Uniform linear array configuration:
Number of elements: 48
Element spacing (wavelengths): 0.5
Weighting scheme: binomial
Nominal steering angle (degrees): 45
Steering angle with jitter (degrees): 44.68
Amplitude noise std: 0.05
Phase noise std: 0.05

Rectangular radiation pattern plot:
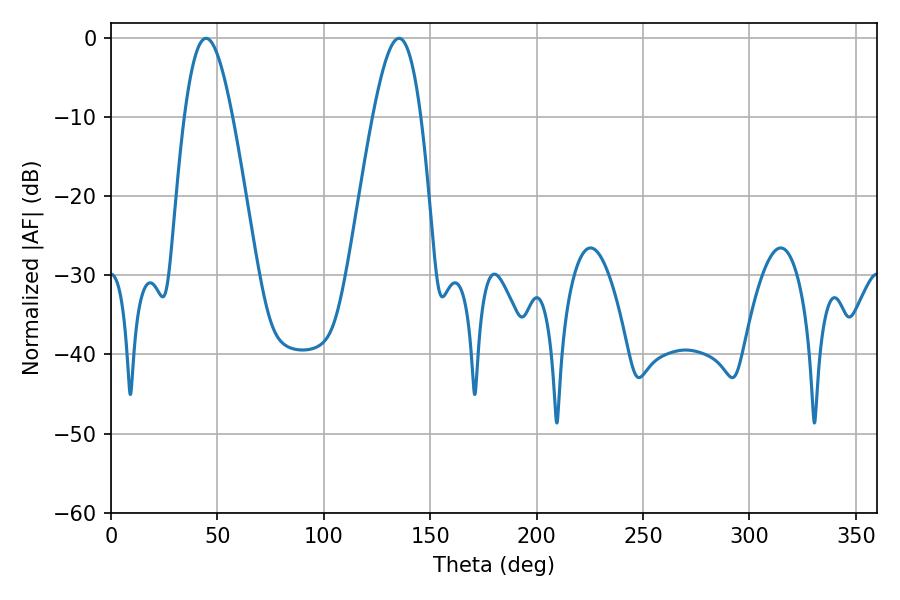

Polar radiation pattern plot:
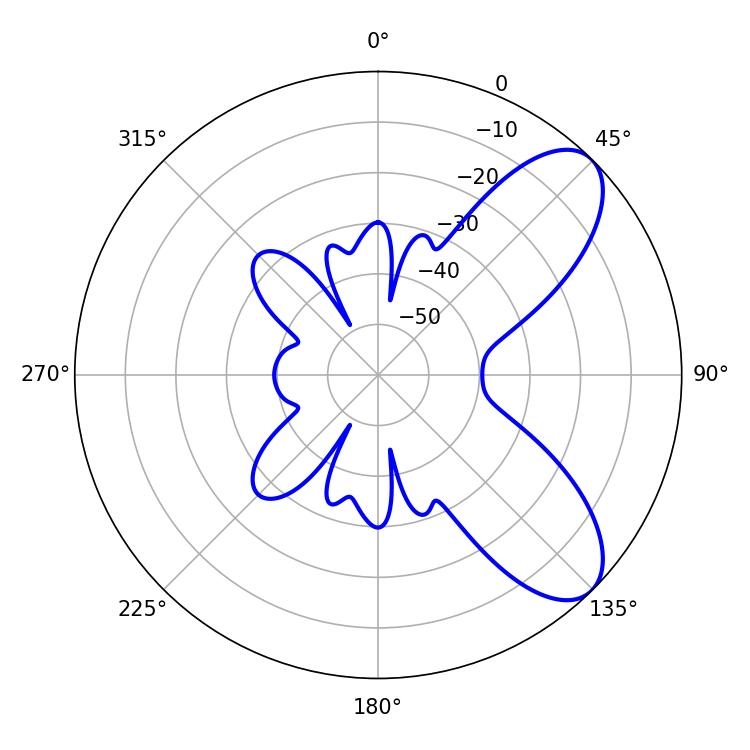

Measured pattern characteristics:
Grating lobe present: FALSE
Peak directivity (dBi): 7.866
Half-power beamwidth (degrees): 12.24
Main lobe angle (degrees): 44.64